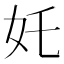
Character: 奼